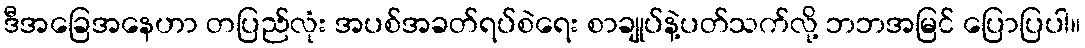
ဒီအခြေအနေဟာ တပြည်လုံး အပစ်အခတ်ရပ်စဲရေး စာချုပ်နဲ့ပတ်သက်လို့ ဘဘအမြင် ပြောပြပါ။